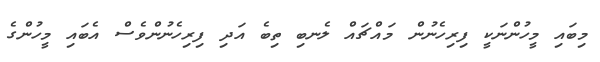
މިބައި މީހުންނަކީ ފިރިހެނުން މައްޗައް ލެނބި ތިބެ އަދި ފިރިހެނުންވެސް އެބައި މީހުންގެ